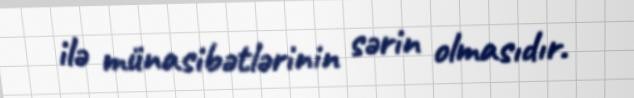
ilə münasibətlərinin sərin olmasıdır.